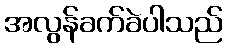
အလွန်ခက်ခဲပါသည်